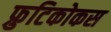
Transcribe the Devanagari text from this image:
फ्रुटिकोकस